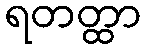
ရတတ္ထာ